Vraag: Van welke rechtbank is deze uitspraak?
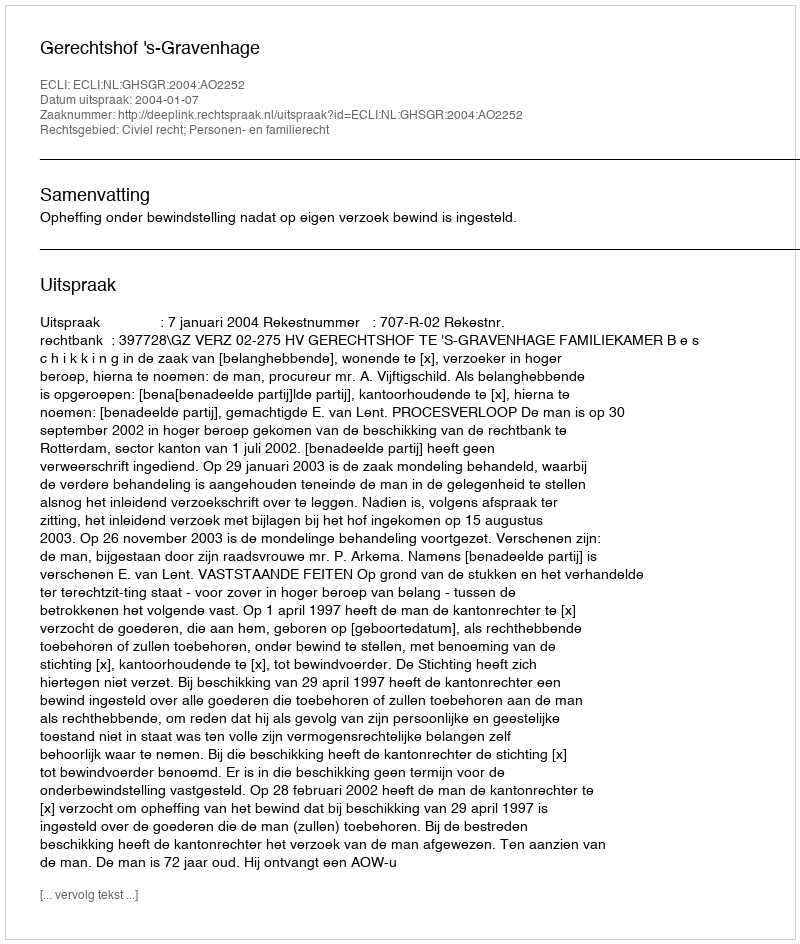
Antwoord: Gerechtshof 's-Gravenhage